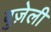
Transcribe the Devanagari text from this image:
बुज़ेली